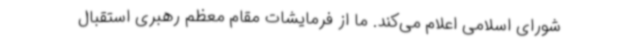
شورای اسلامی اعلام می‌کند. ما از فرمایشات مقام معظم رهبری استقبال